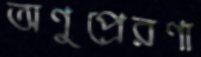
অণুপ্রেরণা